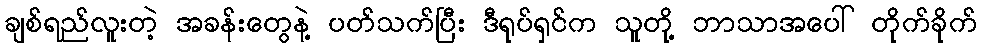
ချစ်ရည်လူးတဲ့ အခန်းတွေနဲ့ ပတ်သက်ပြီး ဒီရုပ်ရှင်က သူတို့ ဘာသာအပေါ် တိုက်ခိုက်